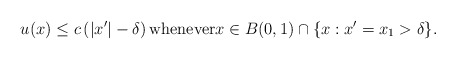
\begin{align*}u(x) \leq c \left( |x'| - \delta \right) \textrm{whenever}x \in B(0,1) \cap \{x : x' = x_1 > \delta\}.\end{align*}